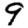
Digit: 9